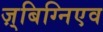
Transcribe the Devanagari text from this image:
ज़्बिग्निएव